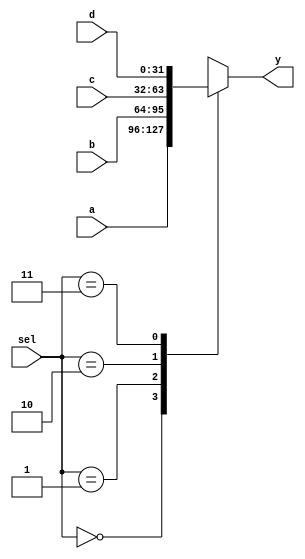
 /******************************************************************* *

Module: mux_4x1.v
Project: Single Cycle RISC-V
Author: Haitham Samir
Description: 4x1 32-bit MUX
Change history: Date - Action
**********************************************************************/
module mux_4x1(input[31:0]a,input[31:0]b,input[31:0]c,input[31:0]d, input [1:0]sel, output reg [31:0]y);
always @(*) begin
case(sel)
2'b00: y=a;
2'b01: y=b;
2'b10: y=c;
2'b11: y=d;
default: y=0;
endcase
end

endmodule